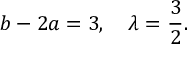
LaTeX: b - 2 a = 3 , \quad \lambda = \frac { 3 } { 2 } .